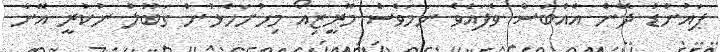
ޕައުންޑު ދޭން އެއްބަސް ވެފައެވެ ނަމަވެސް މޮރީޒިއޯ މިހުށަހެޅުން ގަބޫލު ނުކުރީ އޭނާ